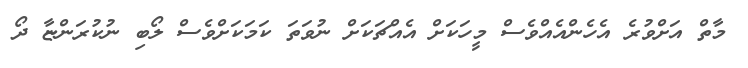
މާތް އަށްވުރެ އެހެންއެއްވެސް މީހަކަށް އެއްޗަކަށް ނުވަތަ ކަމަކަށްވެސް ލޯބި ނުކުރަންޏާ ދޯ